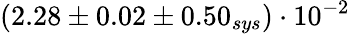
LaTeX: (2.28\pm 0.02\pm 0.50_{sys})\cdot 10^{-2}